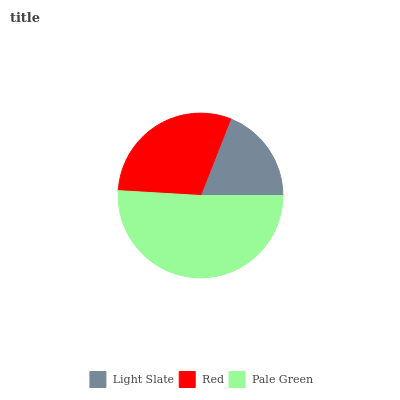
| Light Slate | Red | Pale Green |
 | --- | --- | --- |
 | 19.1% | 30% | 50.9% |